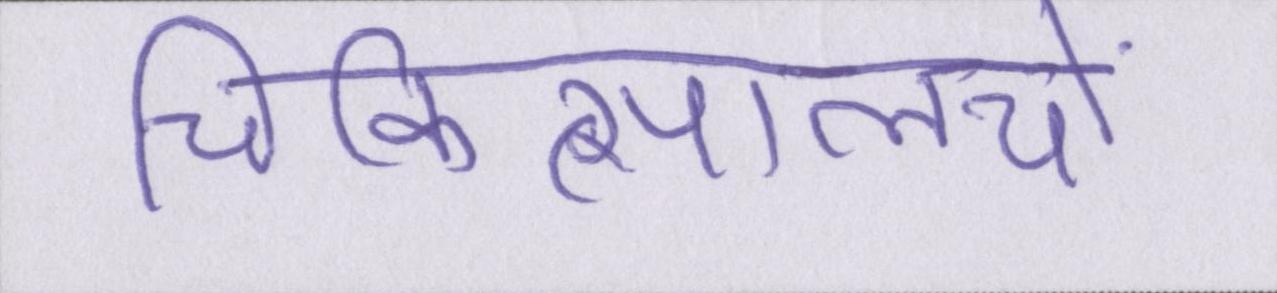
चिकित्सालयों